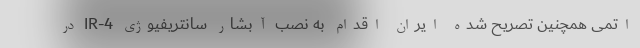
اتمی همچنین تصریح شده ایران اقدام به نصب آبشار سانتریفیوژی IR-4 در